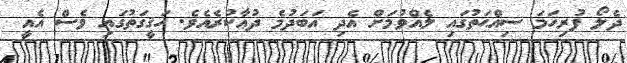
ދެލޯ ފުރިހަމަ ސިއްޙަތުގައި ލެއްވުމަށް އެދި އަބަދުމެ ދުޢާކުރެއެވެ. ހަޤީގަތުގައި ވެސް އެއީ